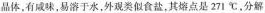
晶体，有咸味，易溶于水，外观类似食盐，其熔点是271℃，分解